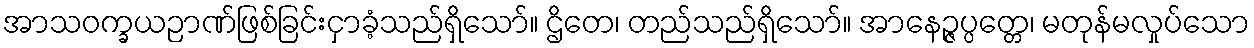
အာသဝက္ခယဉာဏ်ဖြစ်ခြင်းငှာခံ့သည်ရှိသော်။ ဌိတေ၊ တည်သည်ရှိသော်။ အာနေဉ္ဇပ္ပတ္တေ၊ မတုန်မလှုပ်သော